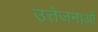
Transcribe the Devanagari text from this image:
उत्तेजनाआें